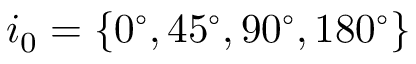
i _ { 0 } = \{ 0 ^ { \circ } , 4 5 ^ { \circ } , 9 0 ^ { \circ } , 1 8 0 ^ { \circ } \}